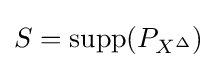
S=\operatorname {supp} (P_{X^{\Delta }})